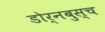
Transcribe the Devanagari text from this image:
डोर्नबुस्च